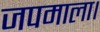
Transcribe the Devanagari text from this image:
जपमाला।